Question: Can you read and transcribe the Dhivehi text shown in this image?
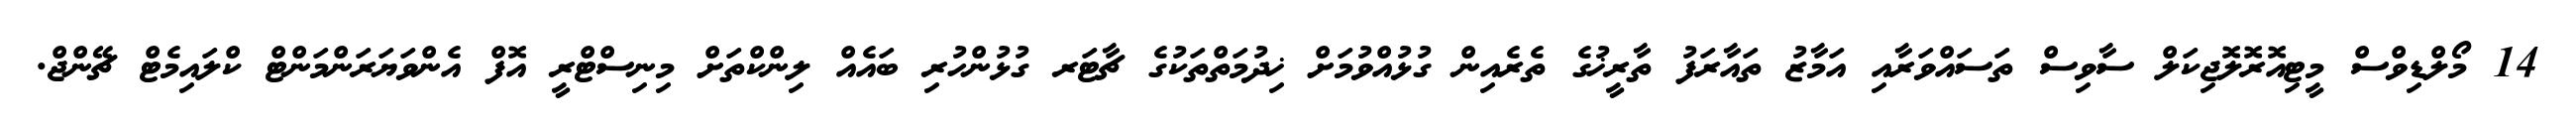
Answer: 14 މޯލްޑިވްސް މީޓިއޮރޮލޮޖިކަލް ސާވިސް ތަސައްވަރާއި އަމާޒު ތައާރަފު ތާރީޚުގެ ތެރެއިން ގުޅުއްވުމަށް ޚިދުމަތްތަކުގެ ޗާޓަރ ގުޅުންހުރި ބައެއް ލިންކްތަށް މިނިސްޓްރީ އޮފް އެންވަޔަރަންމަންޓް ކްލައިމެޓް ޗޭންޖް.